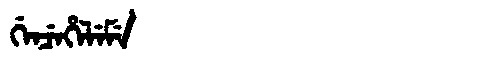
Manchu: ᡤᡝᠨᠴᡝᡥᡝᠯᡝᠮᡝ
Romanization: GENCEHELEME